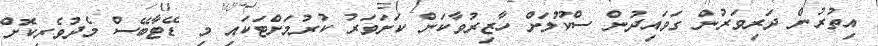
އިތުރުން ދަރިވަރުން ގަވައިދުން ސްކޫލަށް ހާޒިރުވާކަން ކަށަވަރު ކުރުމަށްޓަކައި މި ޑޭޓާބޭސް މެދުވެރިކޮށް